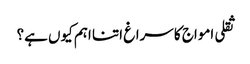
ثقلی امواج کا سراغ اتنا اہم کیوں ہے؟